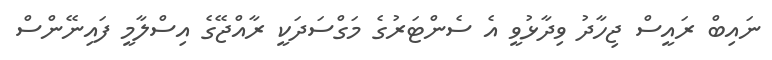
ނައިބް ރައީސް ޖިހާދު ވިދާޅުވީ އެ ސެންޓަރުގެ މަގްސަދަކީ ރާއްޖޭގެ އިސްލާމީ ފައިނޭންސް